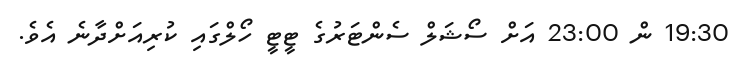
19:30 ން 23:00 އަށް ސޯޝަލް ސެންޓަރުގެ ޓީޓީ ހޯލްގައި ކުރިއަށްދާނެ އެވެ.